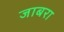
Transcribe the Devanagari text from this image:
जाबरा